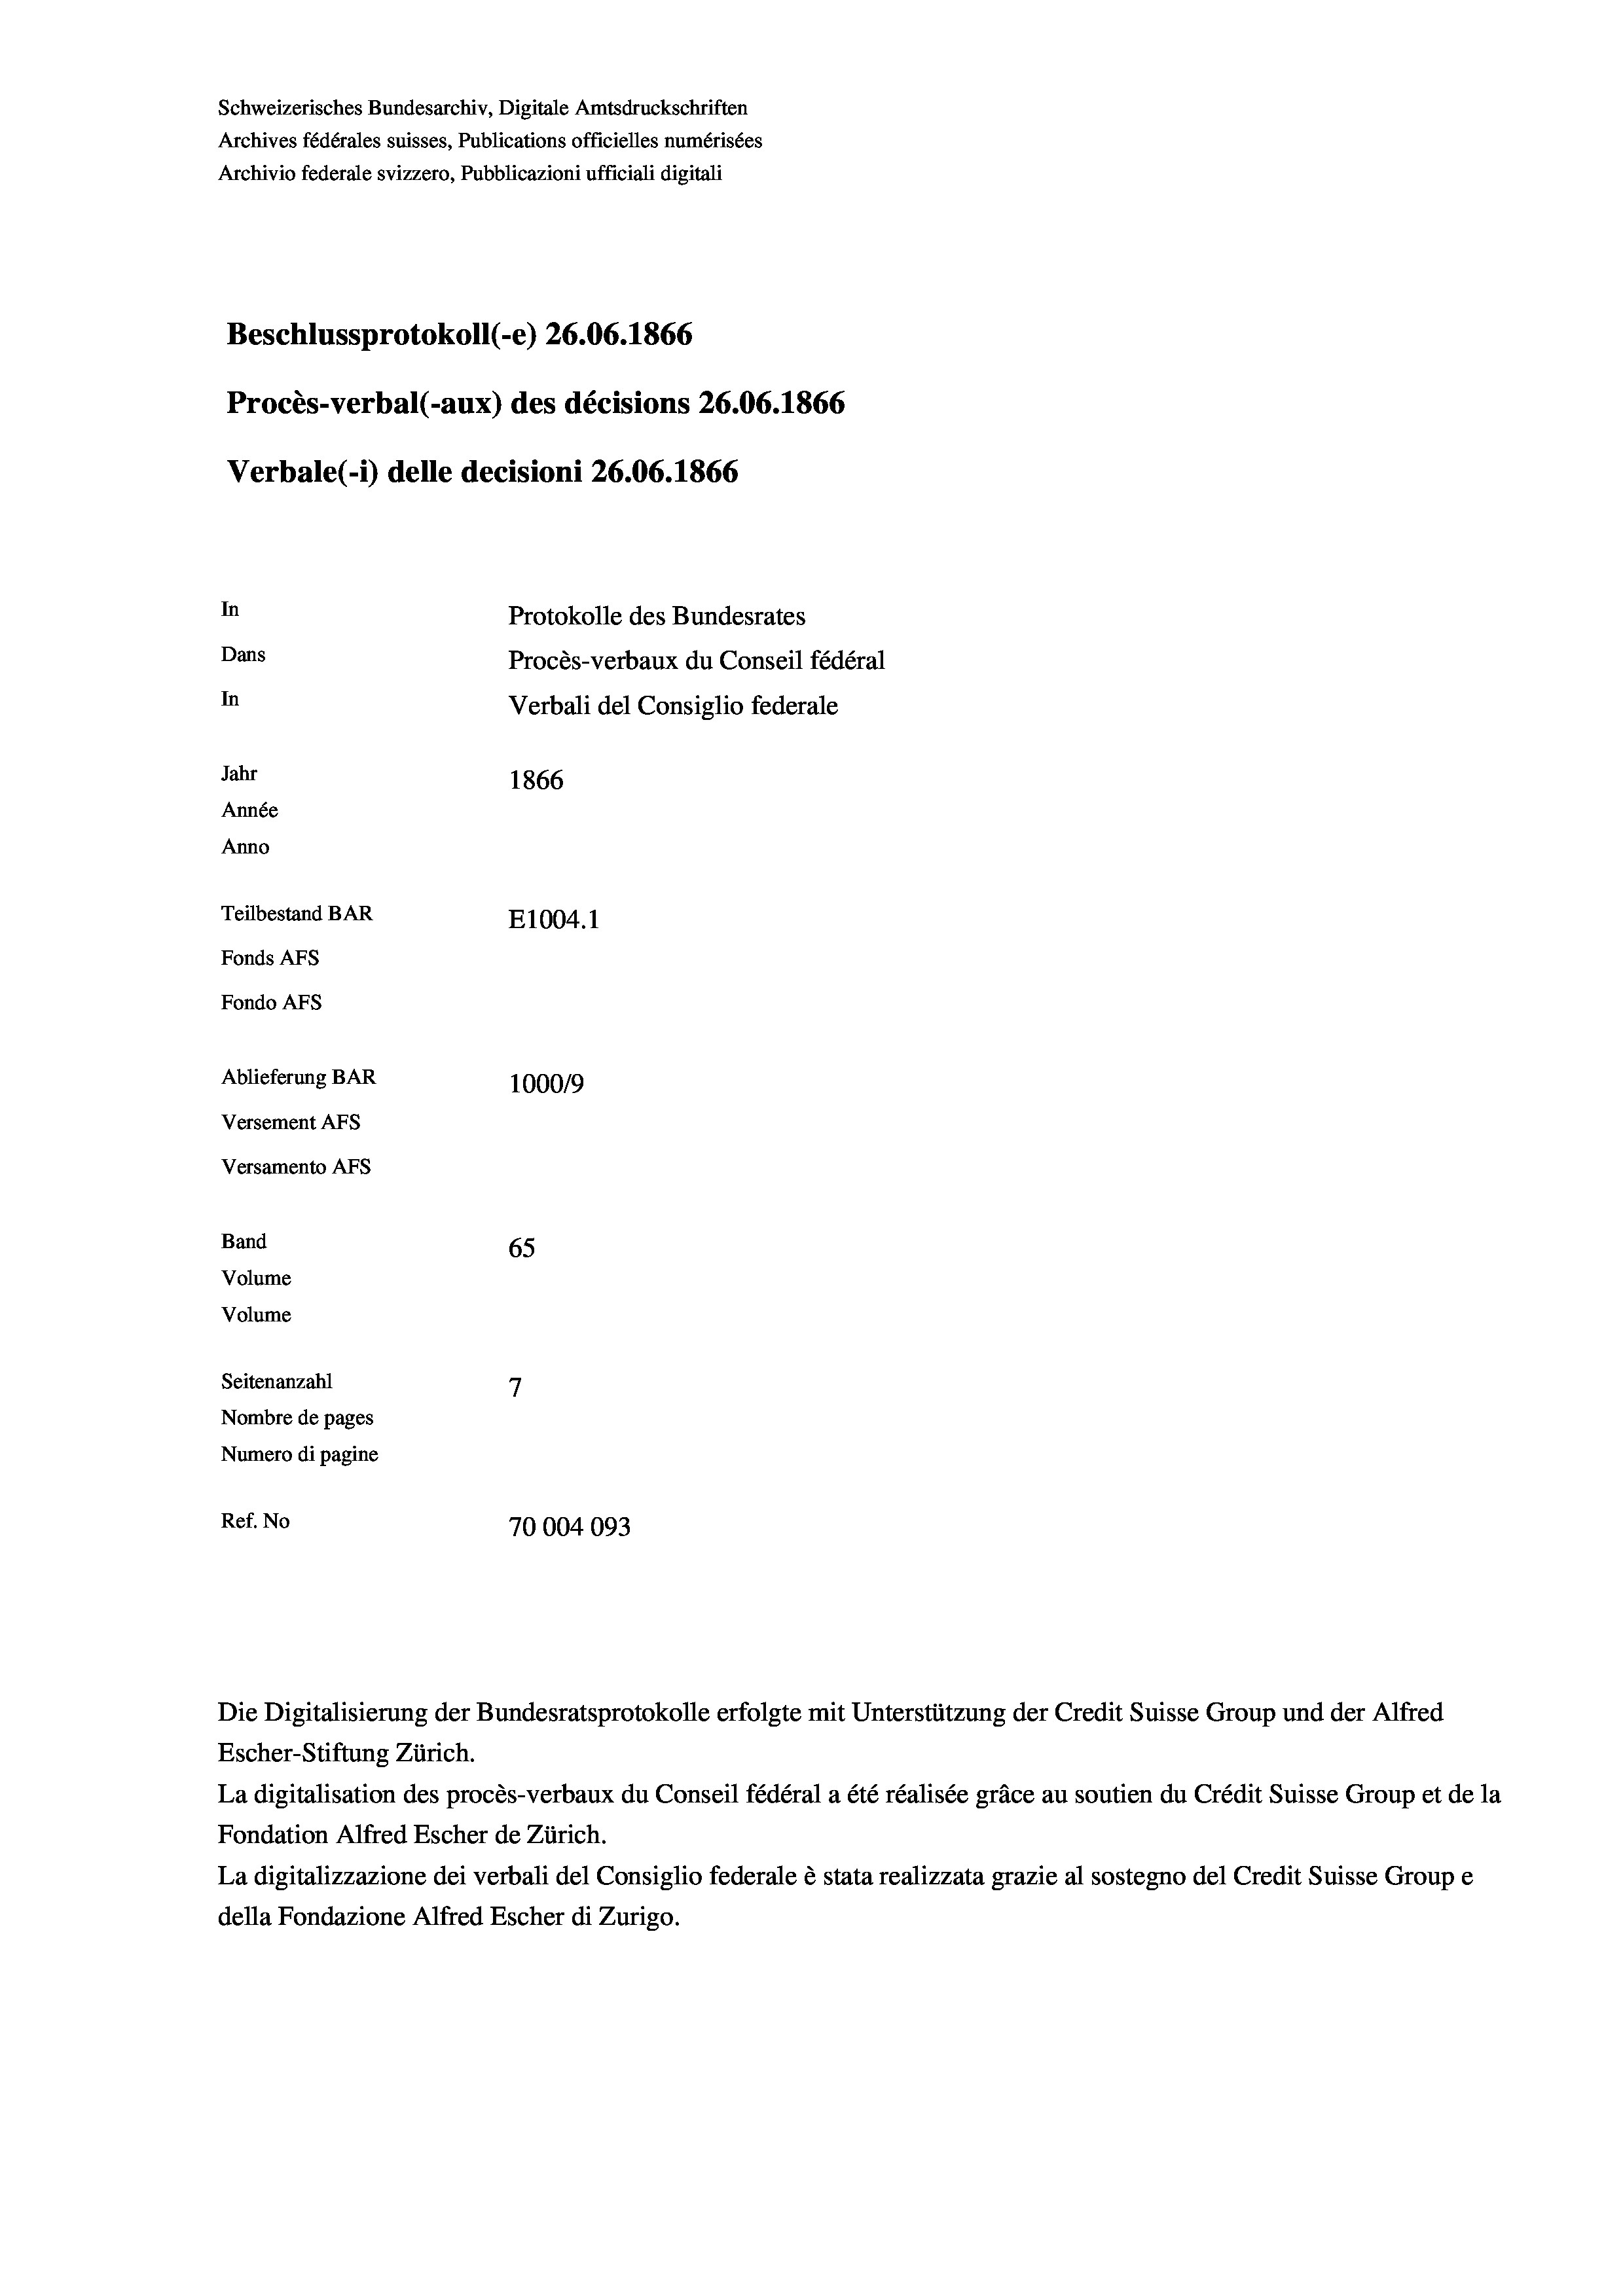
Schweizerisches Bundesarchiv, Digitale Amtsdruckschriften
Archives fédérales suisses, Publications officielles numérisées
Archivio federale svizzero, Pubblicazioni ufficiali digitali
Beschlussprotokoll (-e) 26.06. 1866
Procès-verbal (-aux) des décisions 26.06. 1866
Verbale (i) delle decisioni 26.06. 1866
In
Protokolle des Bundesrates
Dans
Procès-verbaux du Conseil fédéral
In
Verbali del Consiglio federale
Jahr
1866
Année
Anno
Teilbestand BAR
E1004. 1
Fonds AFs
Fondo AFs
Ablieferung BAR
100019
Versement AFS
Versamento Afs
Band
65
Volume
Volume

7
Seitenanzahl
Nombre de pages
Numero di pagine
Ref. No
70004093

Escher-Stiftung Zürich.
La digitalisation des procès-verbaux du Conseil fédéral a été réalisée gräce au soutien du Crédit Suisse Group et de la
Fondation Alfred Escher de Zürich.
La digitalizzazione dei verbali del Consiglio federale è stata realizzata grazie al sostegno del Credit Suisse Groupe
della Fondazione Alfred Escher di Zurigo.

Die Digitalisierung der Bundesratsprotokolle erfolgte mit Unterstützung der Credit Suisse Group und der Alfred